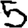
Digit: 5